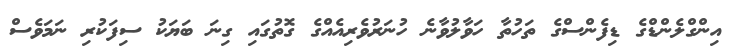
އިންގްލެންޑްގެ ޑިފެންސްގެ ތަހުތާ ހަވާލުވާނެ ހުނަރުވެރިއެއްގެ ގޮތުގައި ގިނަ ބަޔަކު ސިފަކުރި ނަމަވެސް